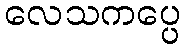
လေသကပ္ပေ